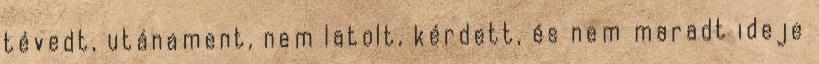
tévedt, utánament, nem latolt, kérdett, és nem maradt ideje